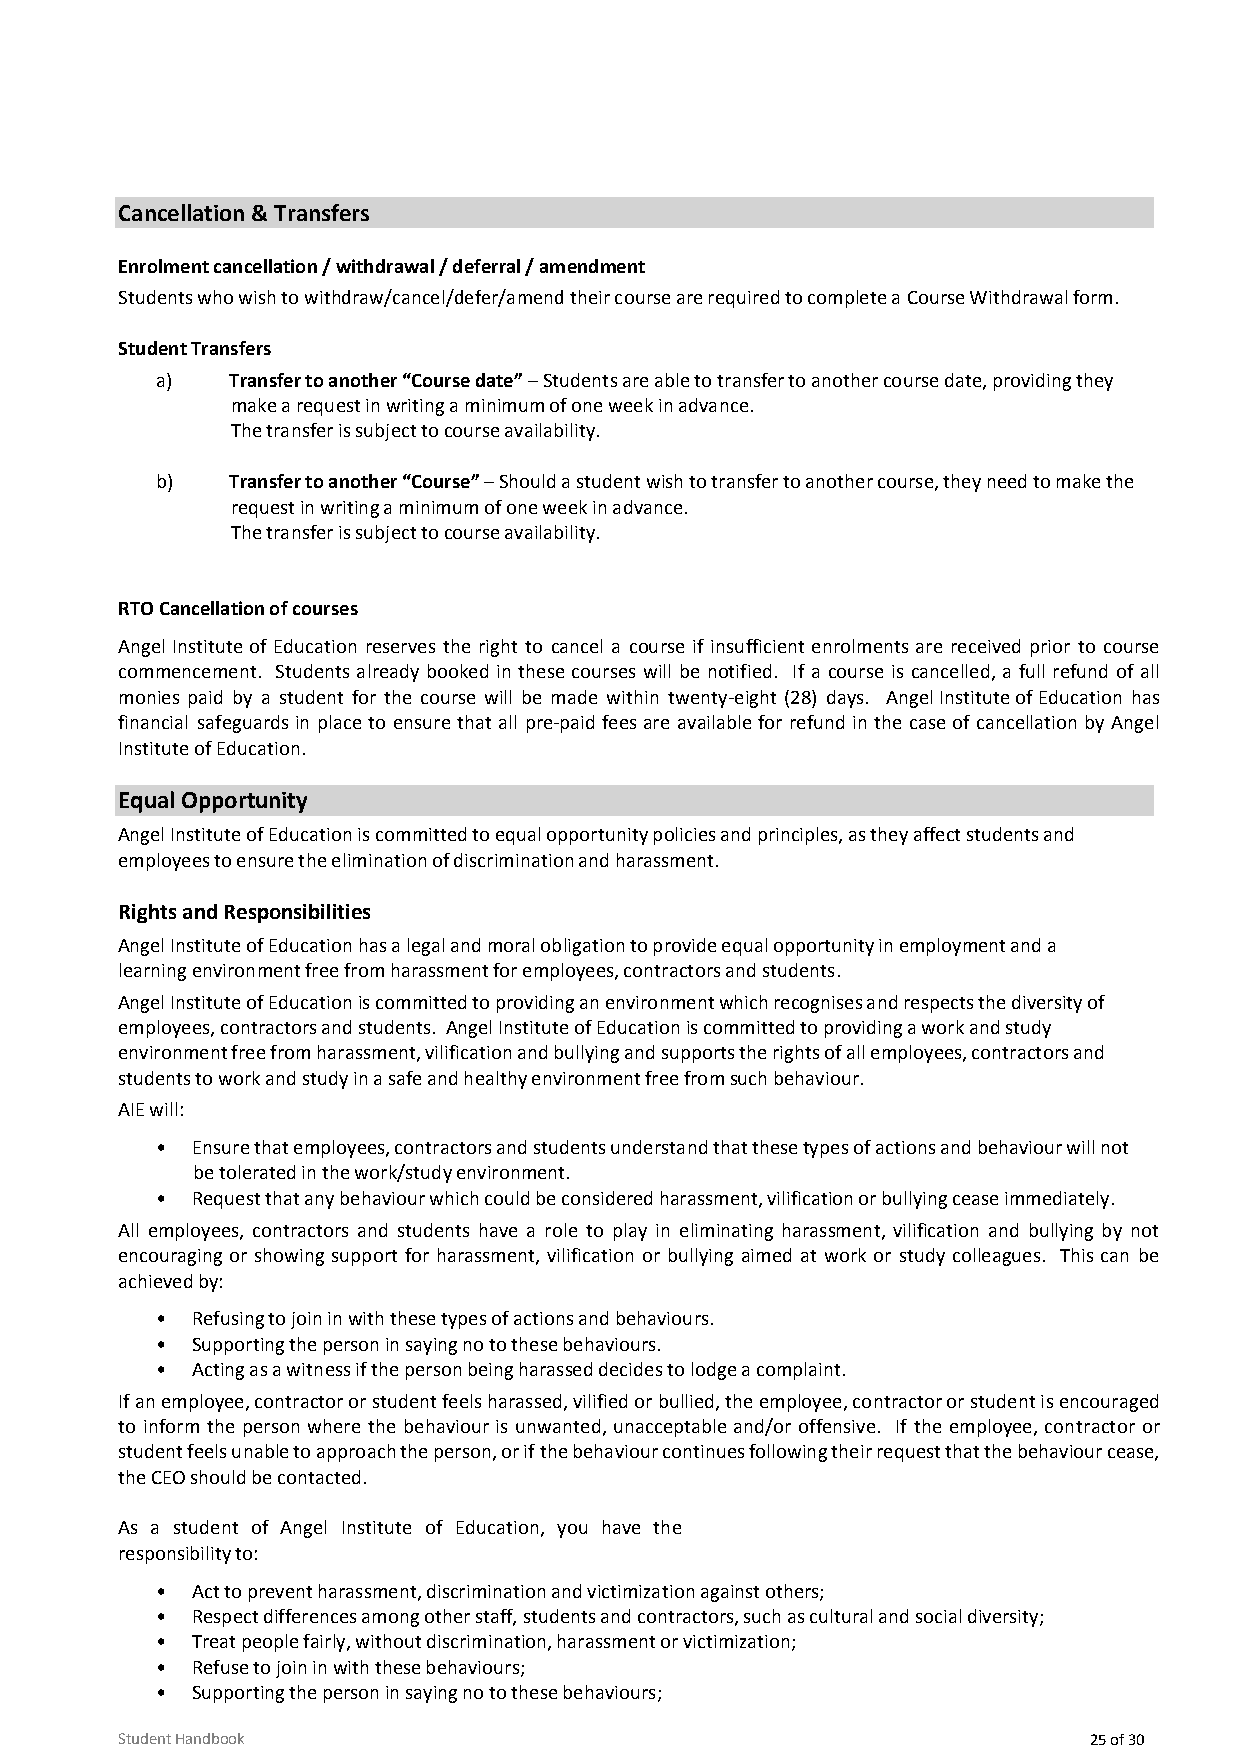
Cancellation & Transfers
 Enrolment cancellation / withdrawal / deferral / amendment
 Students who wish to withdraw/cancel/defer/amend their course are required to complete a Course Withdrawal form.
 Student Transfers
 a)   Transfer to another “Course date” – Students are able to transfer to another course date, providing they
 make a request in writing a minimum of one week in advance.
 The transfer is subject to course availability.
 b)   Transfer to another “Course” – Should a student wish to transfer to another course, they need to make the
 request in writing a minimum of one week in advance.
 The transfer is subject to course availability.
 RTO Cancellation of courses
 Angel Institute of Education reserves the right to cancel a course if insufficient enrolments are received prior to course
 commencement. Students already booked in these courses will be notified. If a course is cancelled, a full refund of all
 monies paid by a student for the course will be made within twenty-eight (28) days. Angel Institute of Education has
 financial safeguards in place to ensure that all pre-paid fees are available for refund in the case of cancellation by Angel
 Institute of Education.
 Equal Opportunity
 Angel Institute of Education is committed to equal opportunity policies and principles, as they affect students and
 employees to ensure the elimination of discrimination and harassment.
 Rights and Responsibilities
 Angel Institute of Education has a legal and moral obligation to provide equal opportunity in employment and a
 learning environment free from harassment for employees, contractors and students.
 Angel Institute of Education is committed to providing an environment which recognises and respects the diversity of
 employees, contractors and students. Angel Institute of Education is committed to providing a work and study
 environment free from harassment, vilification and bullying and supports the rights of all employees, contractors and
 students to work and study in a safe and healthy environment free from such behaviour.
 AIE will:
 •  Ensure that employees, contractors and students understand that these types of actions and behaviour will not
 be tolerated in the work/study environment.
 •  Request that any behaviour which could be considered harassment, vilification or bullying cease immediately.
 All employees, contractors and students have a role to play in eliminating harassment, vilification and bullying by not
 encouraging or showing support for harassment, vilification or bullying aimed at work or study colleagues. This can be
 achieved by:
 •  Refusing to join in with these types of actions and behaviours.
 •  Supporting the person in saying no to these behaviours.
 •  Acting as a witness if the person being harassed decides to lodge a complaint.
 If an employee, contractor or student feels harassed, vilified or bullied, the employee, contractor or student is encouraged
 to inform the person where the behaviour is unwanted, unacceptable and/or offensive. If the employee, con tractor or
 student feels unable to approach the person, or if the behaviour continues following their request that the behaviour cease,
 the CEO should be contacted.
 As a student of Angel Institute of Education, you have the
 responsibility to:
 •  Act to prevent harassment, discrimination and victimization against others;
 •  Respect differences among other staff, students and contractors, such as cultural and social diversity;
 •  Treat people fairly, without discrimination, harassment or victimization;
 •  Refuse to join in with these behaviours;
 •  Supporting the person in saying no to these behaviours;
 Student Handbook                                                25 of 30